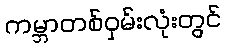
ကမ္ဘာတစ်ဝှမ်းလုံးတွင်